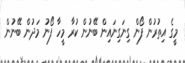
މީގެ އިތުރުން ފޯން ގިނަގިނައިން ބޭނުން ކުރާ މީހާ ފޯނު މަދުން ބޭނުން